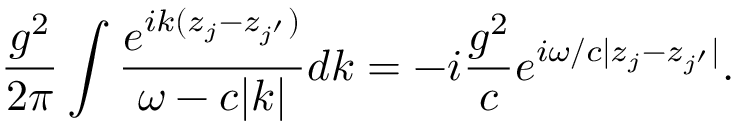
\frac { g ^ { 2 } } { 2 \pi } \int \frac { e ^ { i k ( z _ { j } - z _ { j ^ { \prime } } ) } } { \omega - c | k | } d k = - i \frac { g ^ { 2 } } { c } e ^ { i \omega / c | z _ { j } - z _ { j ^ { \prime } } | } .